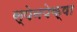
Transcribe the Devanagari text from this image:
स्पेनपेक्षा